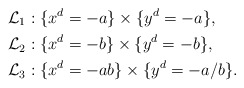
\begin{align*} \mathcal{L}_1 &: \{ x^d = -a \} \times \{ y^d = - a \}, \\\mathcal{L}_2 &: \{ x^d = -b \} \times \{ y^d = - b \}, \\\mathcal{L}_3 &: \{ x^d = -ab \} \times \{ y^d = - a/b \}. \end{align*}